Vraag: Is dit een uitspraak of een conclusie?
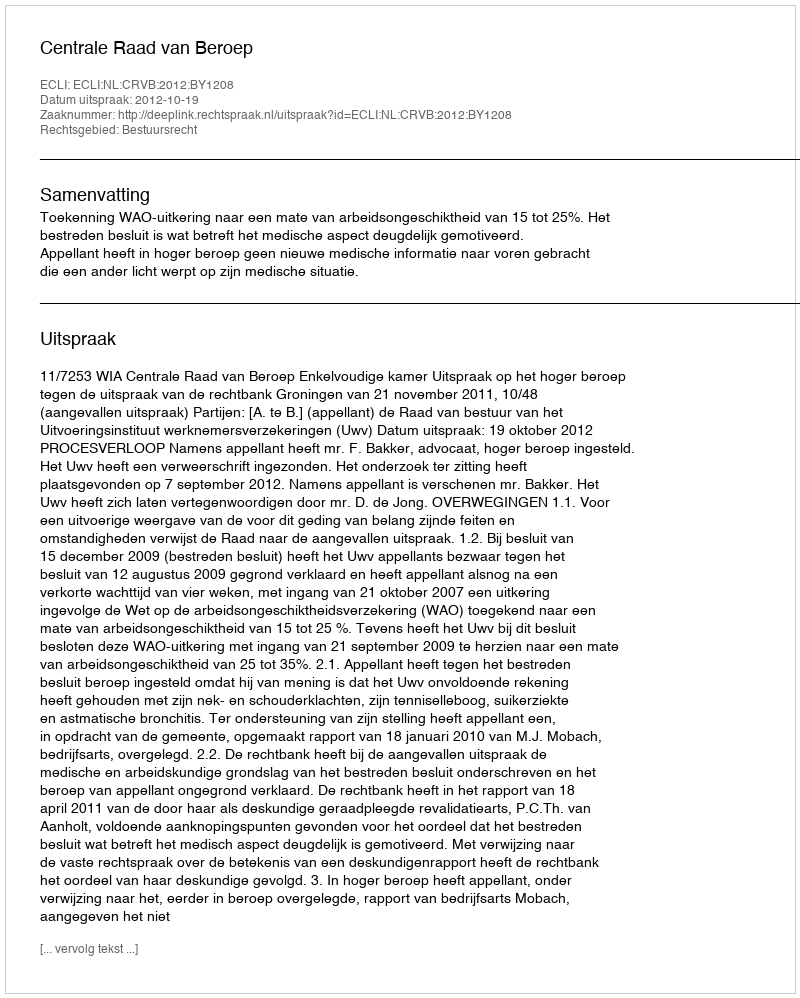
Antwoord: Uitspraak